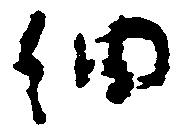
細